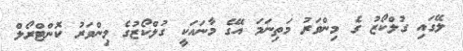
ލޭގައި ގުލްކޯޒު ގެ މިންވަރު މަތިނަމަ އޭގެ މާނައަކީ ގުލްކޯޒުގެ މިންވަރު ކޮންޓްރޯލް